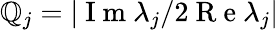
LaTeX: \mathbb{Q}_{j}=|\mathrm{{~I~m~}}\lambda_{j}/2\mathrm{{~R~e~}}\lambda_{j}|